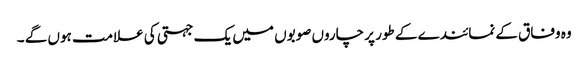
وہ وفاق کے نمائندے کے طور پر چاروں صوبوں میں یک جہتی کی علامت ہوں گے ۔